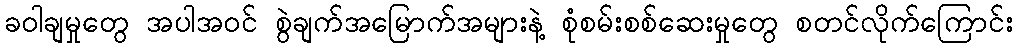
ခဝါချမှုတွေ အပါအဝင် စွဲချက်အမြောက်အများနဲ့ စုံစမ်းစစ်ဆေးမှုတွေ စတင်လိုက်ကြောင်း